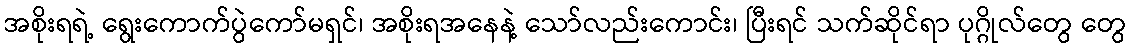
အစိုးရရဲ့ ရွေးကောက်ပွဲကော်မရှင်၊ အစိုးရအနေနဲ့ သော်လည်းကောင်း၊ ပြီးရင် သက်ဆိုင်ရာ ပုဂ္ဂိုလ်တွေ တွေ